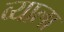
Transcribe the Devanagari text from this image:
व्याला